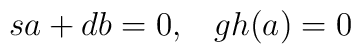
sa + db = 0, \; \; \; gh(a) = 0